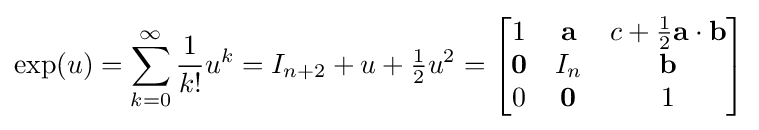
\exp(u)=\sum _{k=0}^{\infty }{\frac {1}{k!}}u^{k}=I_{n+2}+u+{\tfrac {1}{2}}u^{2}={\begin{bmatrix}1&\mathbf {a} &c+{\frac {1}{2}}\mathbf {a} \cdot \mathbf {b} \\\mathbf {0} &I_{n}&\mathbf {b} \\0&\mathbf {0} &1\end{bmatrix}}